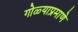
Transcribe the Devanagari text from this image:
गोळ्याप्रमाणे